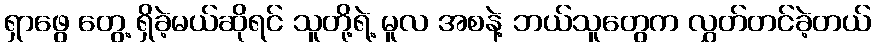
ရှာဖွေ တွေ့ ရှိခဲ့မယ်ဆိုရင် သူတို့ရဲ့ မူလ အစနဲ့ ဘယ်သူတွေက လွှတ်တင်ခဲ့တယ်